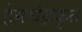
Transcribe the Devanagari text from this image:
हेमचंद्रकृत